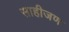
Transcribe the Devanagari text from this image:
साहीजण